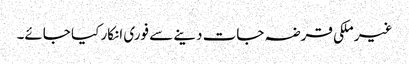
غیر ملکی قرضہ جات دینے سے فوری انکار کیا جائے۔